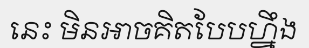
នេះ មិនអាចគិតបែបហ្នឹង